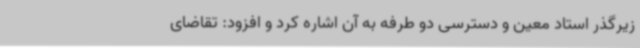
زیرگذر استاد معین و دسترسی دو طرفه به آن اشاره کرد و افزود: تقاضای